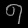
Digit: ၅